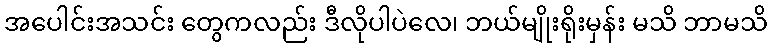
အပေါင်းအသင်း တွေကလည်း ဒီလိုပါပဲလေ၊ ဘယ်မျိုးရိုးမှန်း မသိ ဘာမသိ